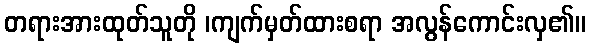
တရားအားထုတ်သူတို ၊ကျက်မှတ်ထားစရာ အလွန်ကောင်းလှ၏။